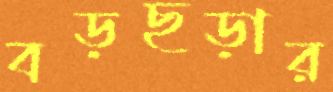
বড়ছড়ার